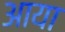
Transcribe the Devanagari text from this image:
अाया